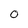
Character: 0